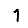
Digit: 1